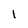
Character: 1